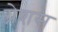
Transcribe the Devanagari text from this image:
ग्रेशस